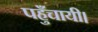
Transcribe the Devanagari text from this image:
पहुँचायी।